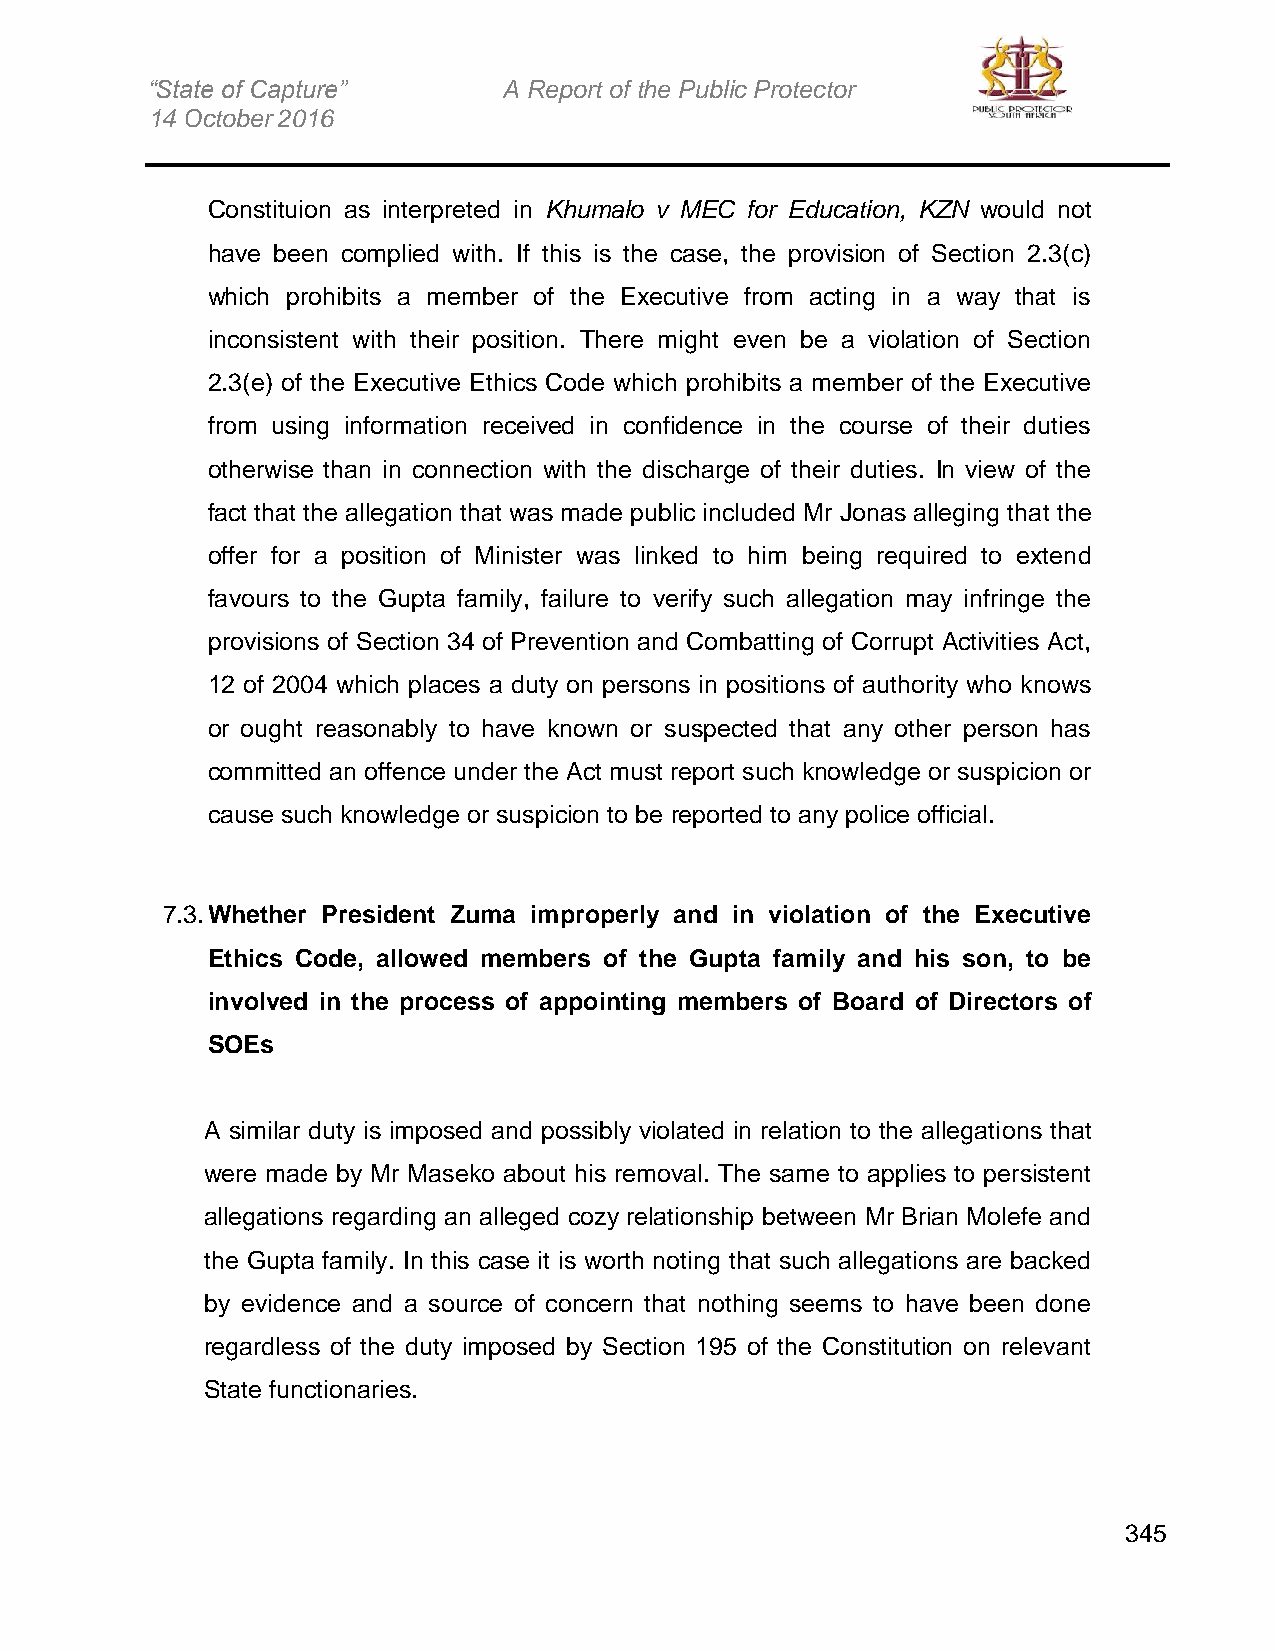
“State of Capture”     A Report of the Public Protector
 14 October 2016
 Constituion as interpreted in Khumalo v MEC for Education, KZN would not
 have been complied with. If this is the case, the provision of Section 2.3(c)
 which prohibits a member of the Executive from acting in a way that is
 inconsistent with their position. There might even be a violation of Section
 2.3(e) of the Executive Ethics Code which prohibits a member of the Executive
 from using information received in confidence in the course of their duties
 otherwise than in connection with the discharge of their duties. In view of the
 fact that the allegation that was made public included Mr Jonas alleging that the
 offer for a position of Minister was linked to him being required to extend
 favours to the Gupta family, failure to verify such allegation may infringe the
 provisions of Section 34 of Prevention and Combatting of Corrupt Activities Act,
 12 of 2004 which places a duty on persons in positions of authority who knows
 or ought reasonably to have known or suspected that any other person has
 committed an offence under the Act must report such knowledge or suspicion or
 cause such knowledge or suspicion to be reported to any police official.
 7.3. Whether President Zuma improperly and in violation of the Executive
 Ethics Code, allowed members of the Gupta family and his son, to be
 involved in the process of appointing members of Board of Directors of
 SOEs
 A similar duty is imposed and possibly violated in relation to the allegations that
 were made by Mr Maseko about his removal. The same to applies to persistent
 allegations regarding an alleged cozy relationship between Mr Brian Molefe and
 the Gupta family. In this case it is worth noting that such allegations are backed
 by evidence and a source of concern that nothing seems to have been done
 regardless of the duty imposed by Section 195 of the Constitution on relevant
 State functionaries.
 345